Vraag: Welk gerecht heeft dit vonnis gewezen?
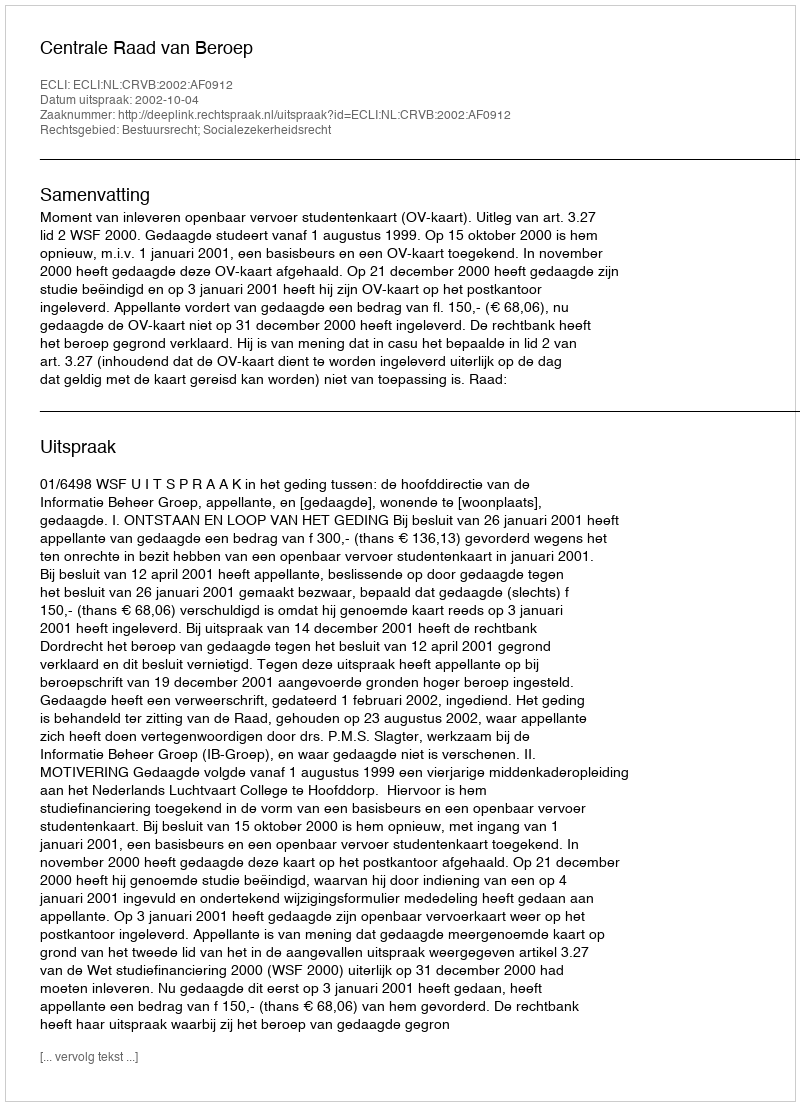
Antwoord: Centrale Raad van Beroep